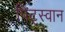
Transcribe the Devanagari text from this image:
पिट्स्वान